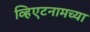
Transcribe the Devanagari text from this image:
व्हिएटनामच्या